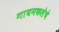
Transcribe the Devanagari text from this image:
गायनकलेचे